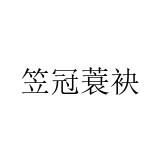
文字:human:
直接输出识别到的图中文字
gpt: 笠冠蓑袂